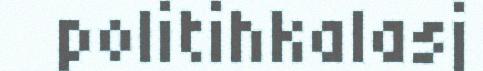
politihkalasj